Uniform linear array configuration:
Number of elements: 48
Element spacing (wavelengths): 0.75
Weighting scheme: cosine
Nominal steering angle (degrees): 45
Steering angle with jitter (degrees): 44.5
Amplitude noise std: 0.05
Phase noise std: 0.05

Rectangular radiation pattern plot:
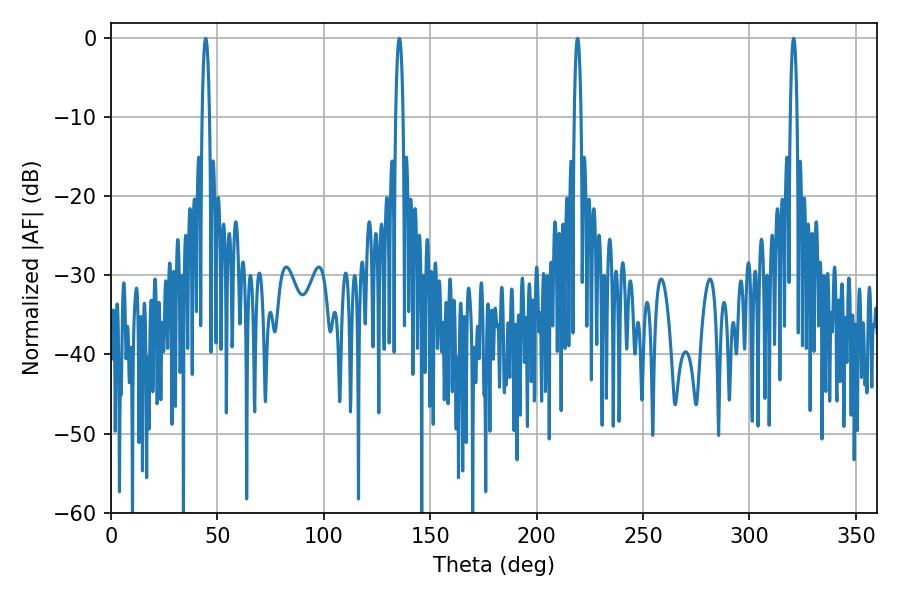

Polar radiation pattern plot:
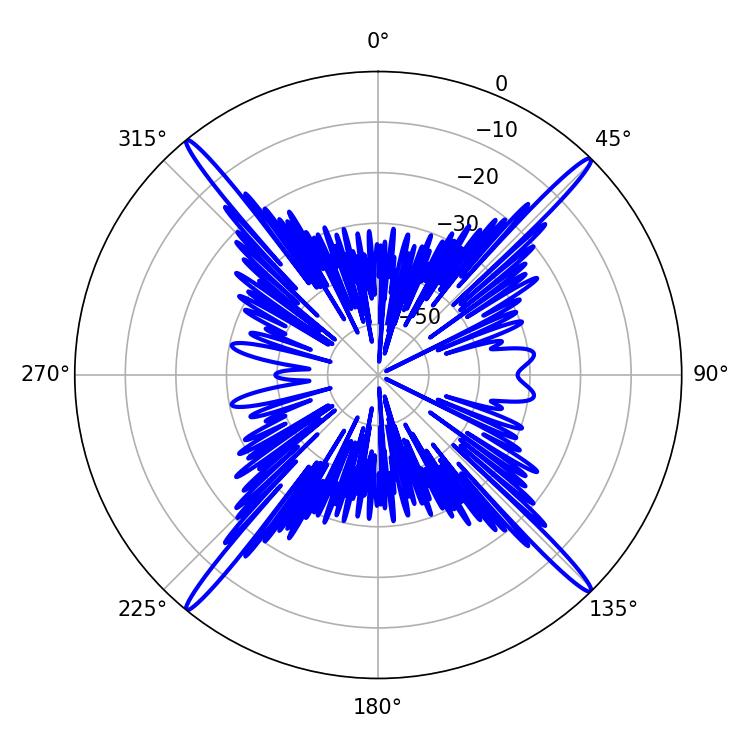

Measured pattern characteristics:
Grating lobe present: TRUE
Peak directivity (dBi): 23.223
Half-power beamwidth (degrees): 1.8
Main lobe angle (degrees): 219.24